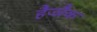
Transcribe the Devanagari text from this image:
हैज्जैक